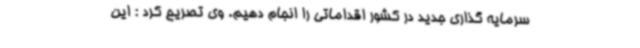
سرمایه گذاری جدید در کشور اقداماتی را انجام دهیم. وی تصریح کرد : این